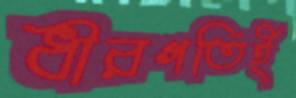
ধীরগতিই